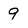
Character: 9